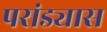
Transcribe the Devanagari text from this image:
परांड्यास